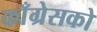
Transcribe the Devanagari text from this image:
काँग्रेसको